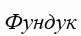
Фундук